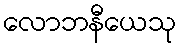
လောဘနီယေသု